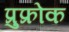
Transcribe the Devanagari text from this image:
प्रुफ्रोक